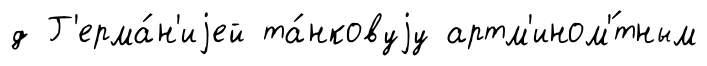
д Г'ерма́н'иjей та́нковуjу артм'ином'́тным